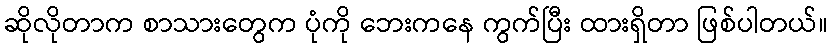
ဆိုလိုတာက စာသားတွေက ပုံကို ဘေးကနေ ကွက်ပြီး ထားရှိတာ ဖြစ်ပါတယ်။